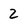
Character: 2